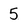
Character: 5